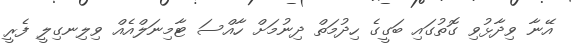
އޭނާ ވިދާޅުވި ގޮތުގައި ބަގީގެ ހިދުމަތް ދިނުމަށް ހާއްސަ ޓާމިނަލްއެއް ވިލިނގިލީ ފެރީ